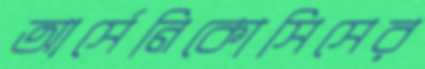
আর্সেনিকোসিসের